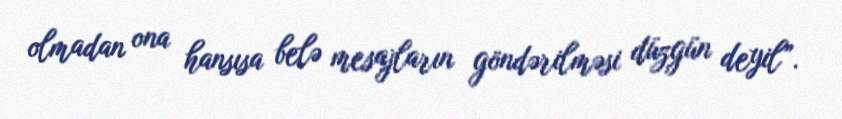
olmadan ona hansısa belə mesajların göndərilməsi düzgün deyil”.